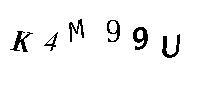
K4M99U